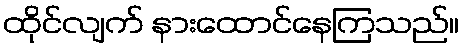
ထိုင်လျက် နားထောင်နေကြသည်။